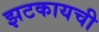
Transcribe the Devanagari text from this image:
झटकायची